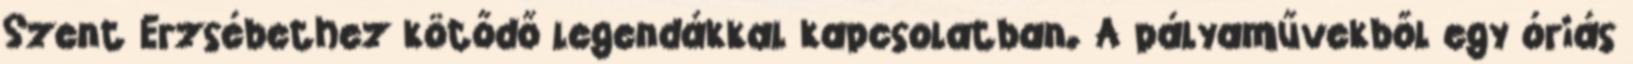
Szent Erzsébethez kötődő legendákkal kapcsolatban. A pályaművekből egy óriás